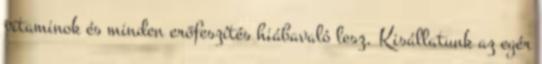
vitaminok és minden erőfeszítés hiábavaló lesz. Kisállatunk az egér